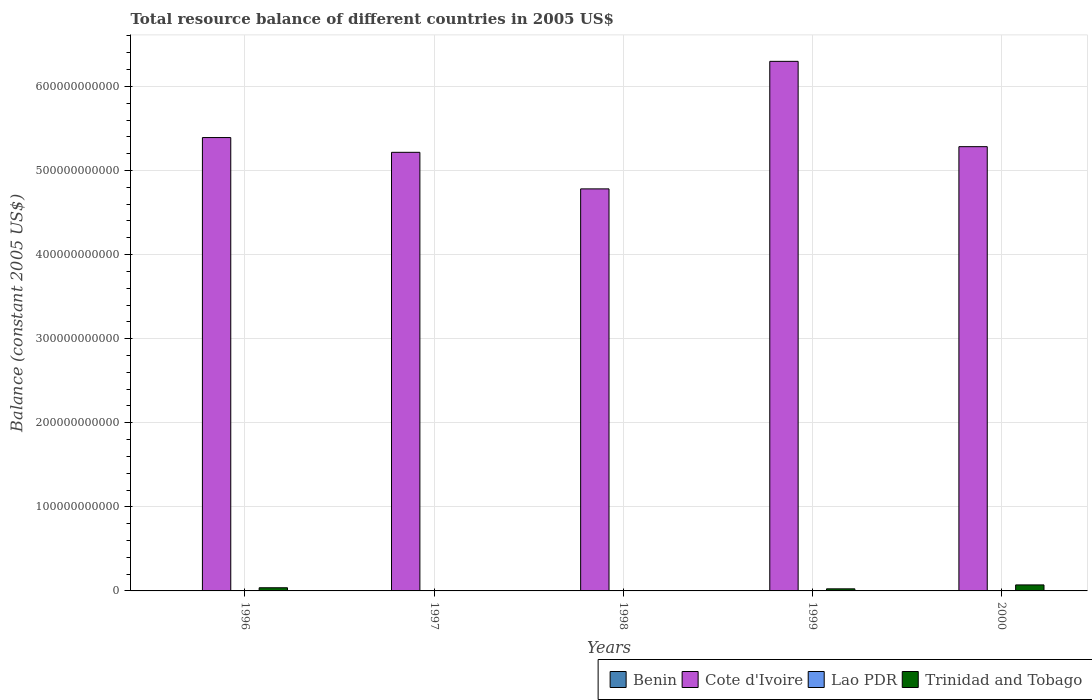
| Years | Benin | Cote d'Ivoire | Lao PDR | Trinidad and Tobago |
 | --- | --- | --- | --- | --- |
 | 1996 | -4.25e+10 | 5.39e+11 | -3.17e+11 | 3.76e+09 |
 | 1997 | -5.77e+10 | 5.22e+11 | -3.82e+11 | -1.48e+09 |
 | 1998 | -7.83e+10 | 4.78e+11 | -4.8e+11 | -2.05e+09 |
 | 1999 | -2.86e+11 | 6.3e+11 | -8.58e+11 | 2.47e+09 |
 | 2000 | -2.51e+11 | 5.28e+11 | -1.93e+12 | 7.15e+09 |